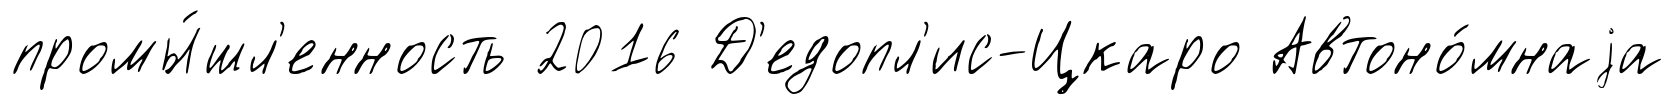
промы́шл'енность 2016 Д'едопл'ис-Цкаро Автоно́мнаjа